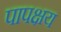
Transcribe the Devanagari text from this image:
पापक्षय